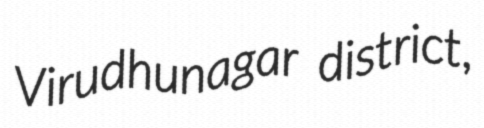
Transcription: Virudhunagar district,